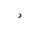
Letter: _dal